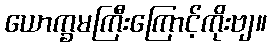
ယောက္ခမကြီးကြောင့်ကိုးဗျ။